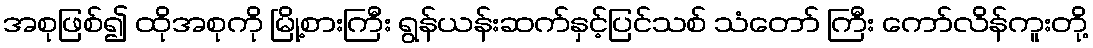
အစုဖြစ်၍ ထိုအစုကို မြို့စားကြီး ရွန်ယန်းဆက်နှင့်ပြင်သစ် သံတော် ကြီး ကော်လိန်ကူးတို့